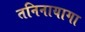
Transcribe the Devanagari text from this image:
तनिनायागा